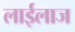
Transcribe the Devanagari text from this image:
लाईलाज